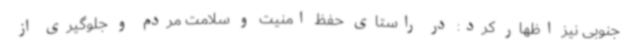
جنوبی نیز اظهار کرد: در راستای حفظ امنیت و سلامت مردم و جلوگیری از